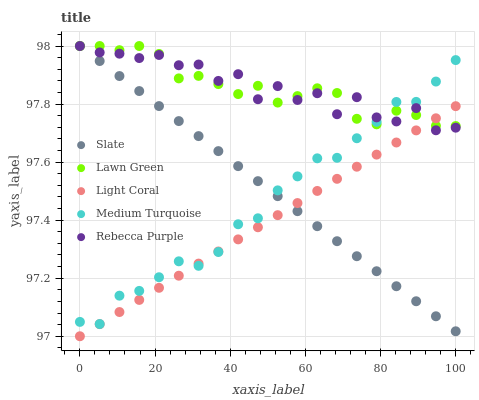
| xaxis_label | Slate | Lawn Green | Light Coral | Medium Turquoise | Rebecca Purple |
 | --- | --- | --- | --- | --- | --- |
 | 0 | 98 | 98 | 97 | 97 | 98 |
 | 5.26 | 97.9 | 98 | 97 | 97 | 98 |
 | 10.5 | 97.9 | 98 | 97.1 | 97.1 | 98 |
 | 15.8 | 97.8 | 98 | 97.1 | 97.2 | 98 |
 | 21.1 | 97.8 | 98 | 97.2 | 97.2 | 98 |
 | 26.3 | 97.7 | 97.9 | 97.2 | 97.3 | 97.9 |
 | 31.6 | 97.7 | 97.9 | 97.3 | 97.2 | 97.9 |
 | 36.8 | 97.6 | 97.9 | 97.3 | 97.3 | 97.9 |
 | 42.1 | 97.6 | 97.8 | 97.3 | 97.4 | 97.9 |
 | 47.4 | 97.5 | 97.9 | 97.4 | 97.4 | 97.8 |
 | 52.6 | 97.5 | 97.8 | 97.4 | 97.5 | 97.9 |
 | 57.9 | 97.4 | 97.8 | 97.5 | 97.6 | 97.8 |
 | 63.2 | 97.4 | 97.9 | 97.5 | 97.6 | 97.8 |
 | 68.4 | 97.3 | 97.8 | 97.5 | 97.6 | 97.8 |
 | 73.7 | 97.3 | 97.7 | 97.6 | 97.7 | 97.8 |
 | 78.9 | 97.2 | 97.7 | 97.6 | 97.7 | 97.8 |
 | 84.2 | 97.2 | 97.8 | 97.7 | 97.8 | 97.7 |
 | 89.5 | 97.1 | 97.8 | 97.7 | 97.8 | 97.8 |
 | 94.7 | 97.1 | 97.7 | 97.8 | 97.9 | 97.7 |
 | 100 | 97 | 97.7 | 97.8 | 98 | 97.7 |